Papers set at the Examination for Leaving Certificates, 1891
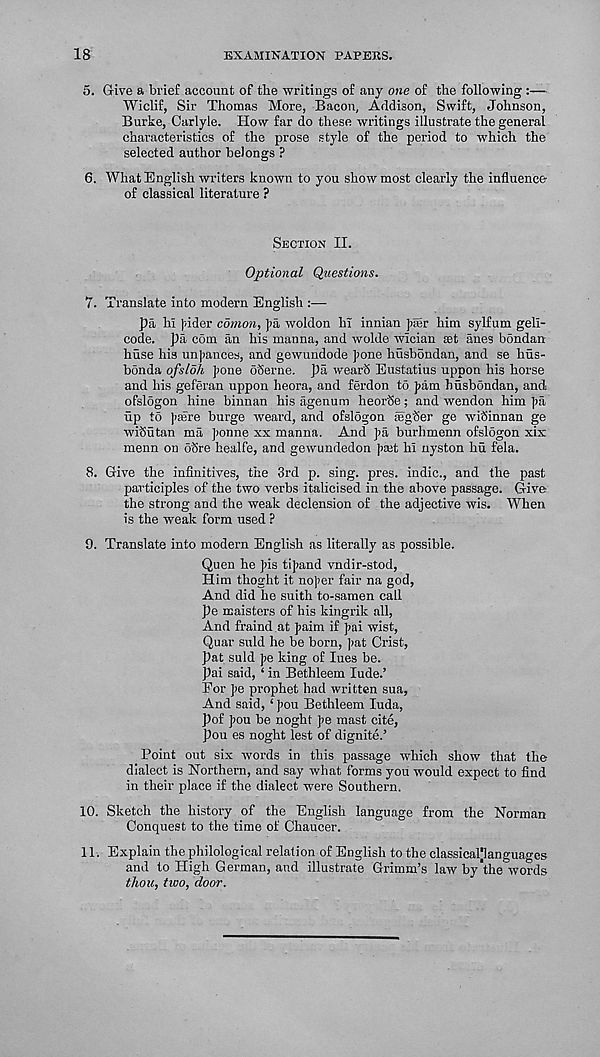
18
EXAMINATION PAPERS.
5. Give a brief account of the writings of any one of the following :—
Wiclif, Sir Thomas More, Bacon, Addison, Swift, Johnson,
Burke, Carlyle. How far do these writings illustrate the general
characteristics of the prose style of the period to which the
selected author belongs ?
6. What English writers known to you show most clearly the influence
of classical literature ?
SECTION II.
Optional Questions.
7. Translate into modern English :—
pa hi J>ider comon, ]>a woldon hi innian fair him sylfum gell-
code. pa com an his manna, and wolde wician set anes bondan
huse his unjiances, and gewundode pone husbondan, and se hus-
bonda ofsloh pone oSerne. pa wearS Eustatius uppon his horse
and his geferan uppon heora, and ferdon to pam husbondan, and
ofslogon hine binnan his agenum heorSe; and wendon him pa
up to paire burge weard, and ofslogon ieg'Ser ge wiSinnan ge
witiutan ma ponne xx manna. And pa burhmenn ofsldgon xix
menn on dSre healfe, and gewundedon pa;t hi nyston hu fela.
8. Give the infinitives, the 3rd p. sing. pres, indie., and the past
participles of the two verbs italicised in the above passage. Give
the strong and the weak declension of the adjective wis. When
is the weak form used ?
9. Translate into modern English as literally as possible.
Quen he pis tipand vndir-stod,
Him thoght it noper fair na god,
And did he suith to-samen call
pe maisters of his kingrik all,
And fraind at paim if pai wist,
Quar suld he be born, pat Crist,
Pat suld pe king of lues be.
pai said, ‘ in Bethleem lude.’
For pe prophet had written sua,
And said, ‘pou Bethleem luda,
pof pou be noght pe mast cite,
pou es noght lest of dignite.’
Point out six words in this passage which show that the
dialect is Northern, and say what forms you would expect to find
in their place if the dialect were Southern.
10. Sketch the history of the English language from the Norman
Conquest to the time of Chaucer.
11. Explain the philological relation of English to the classicaljlanguages
and to High German, and illustrate Grimm’s law by the words
thou, two, door.